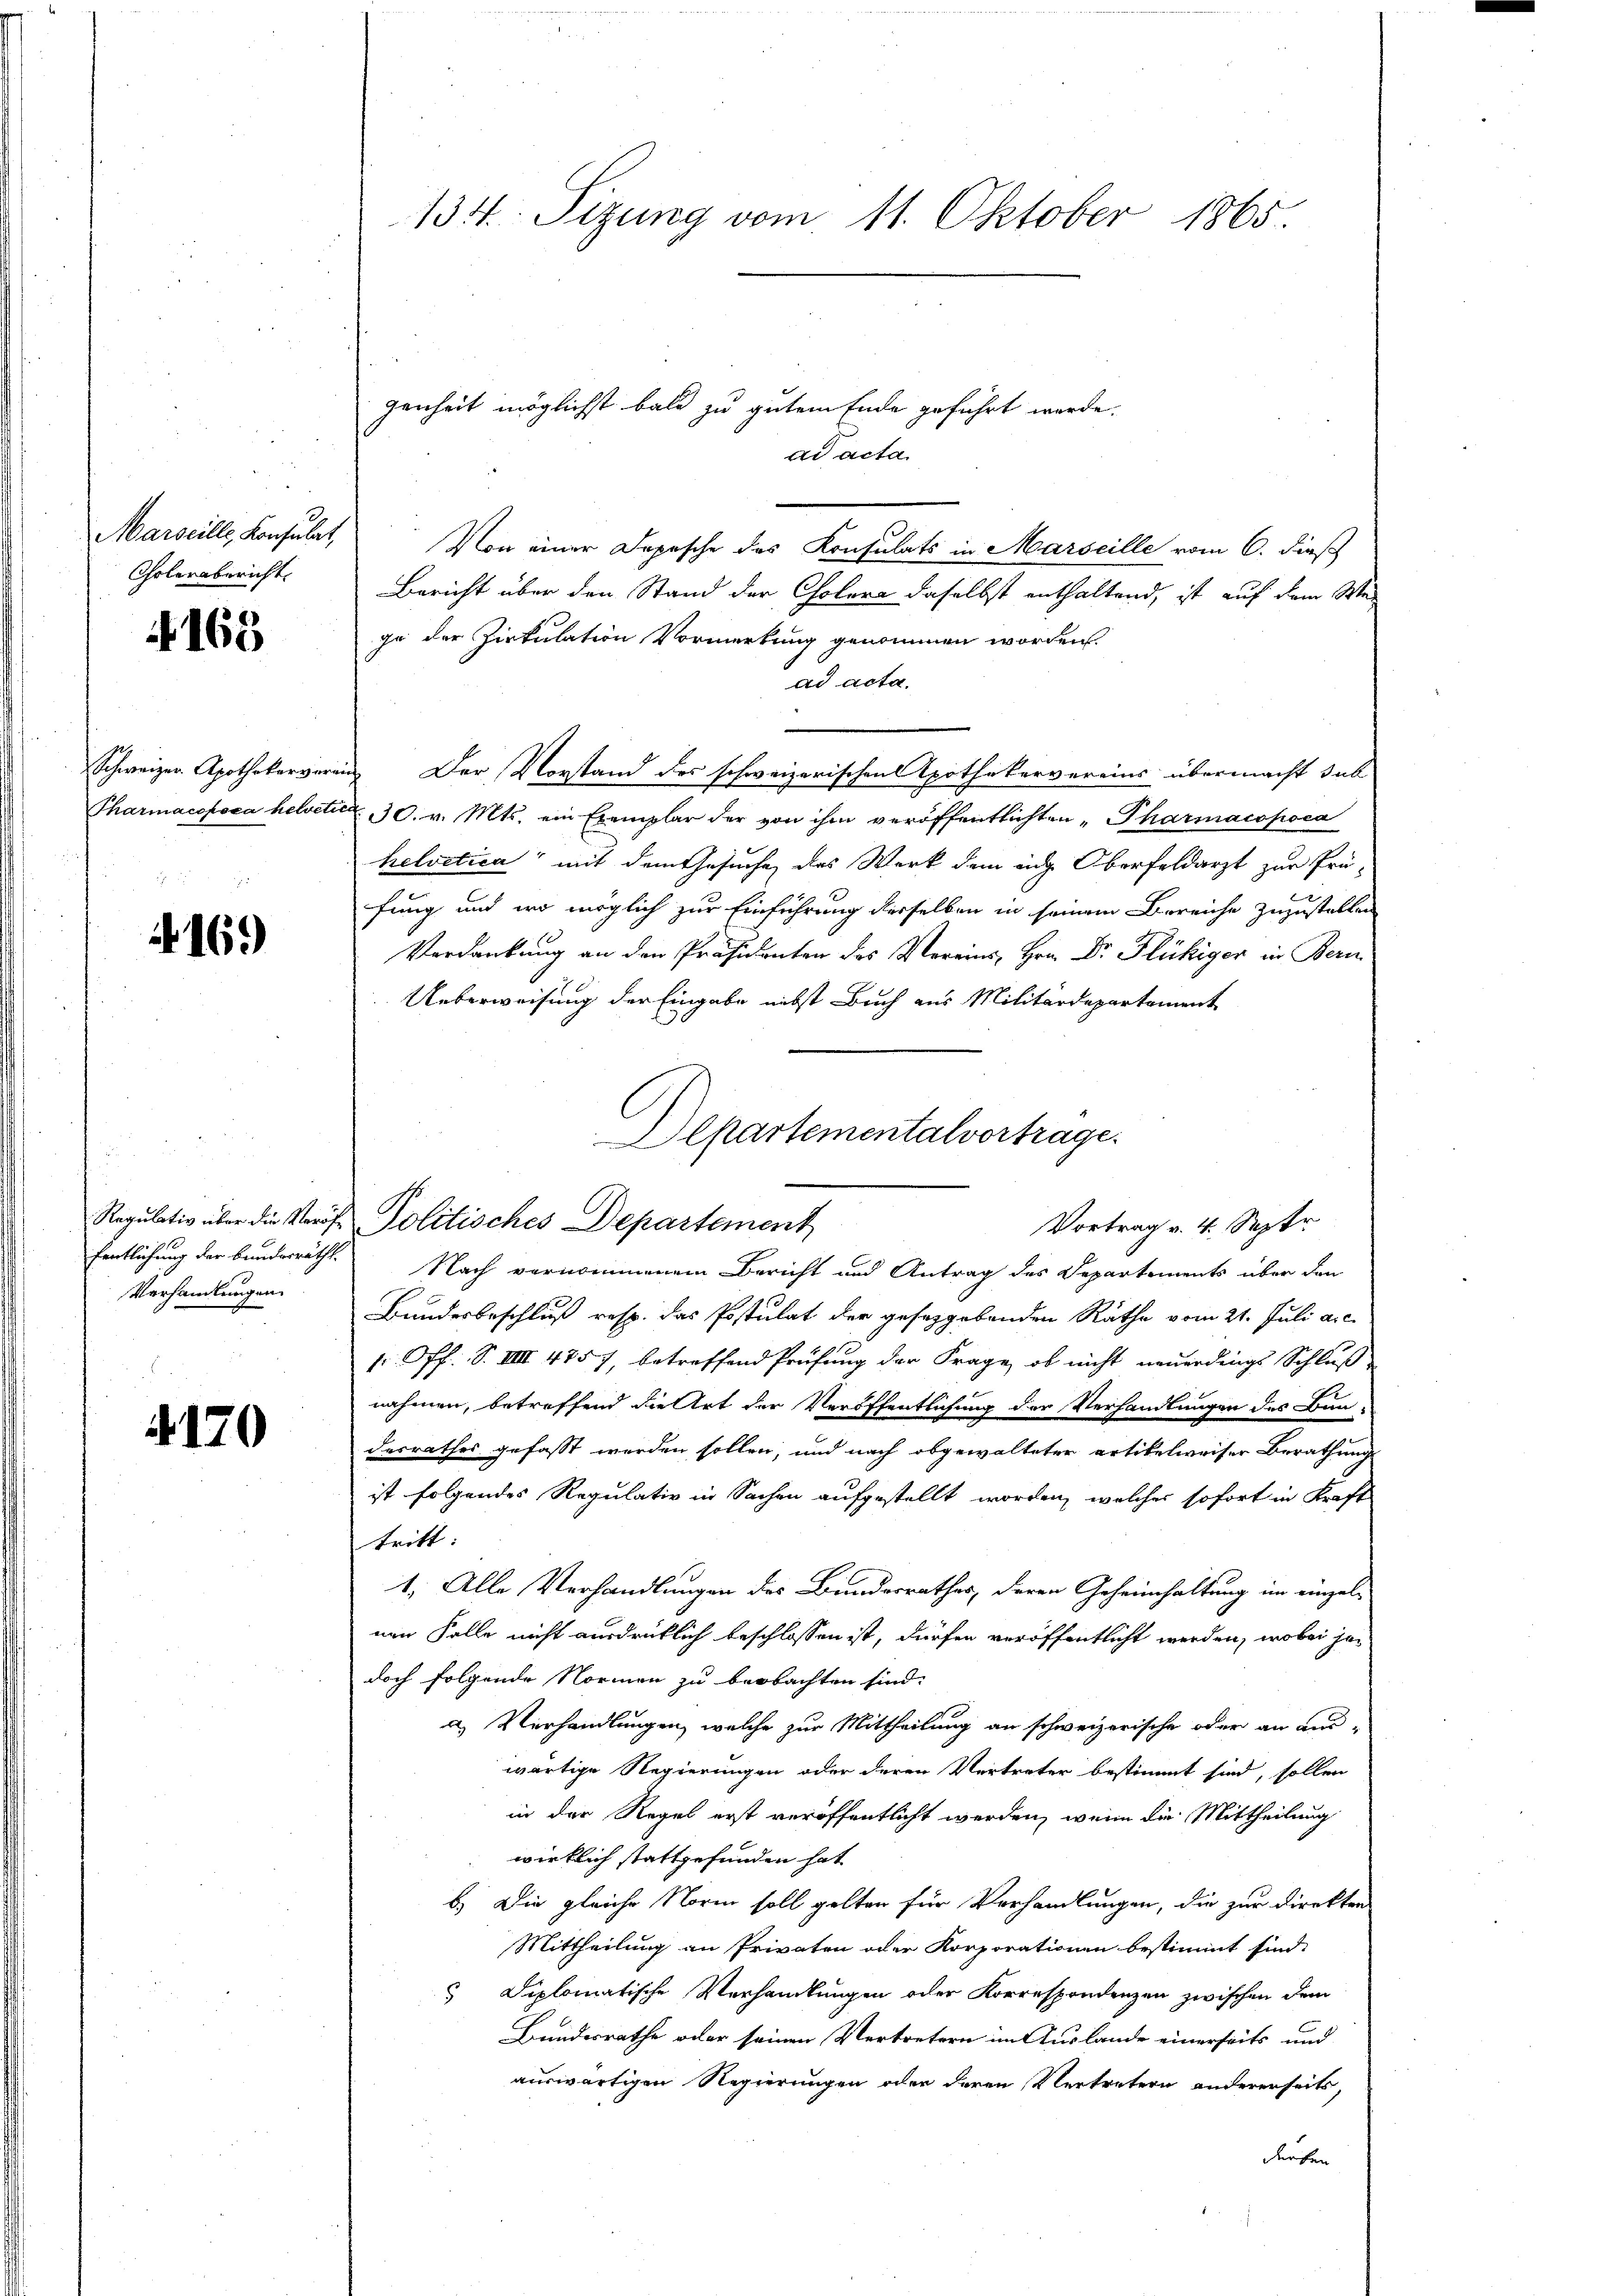
Marseille, Konsulat,
Cholerabericht.

168

Schweizer Apothekarvera
Tharmacopoea helvet

4169

fentlichung der Bunderrätht.
Verhandlungen

4170

134. Sizung vom 11. Oktober 1865

ad acta
Von einer Depesche des Konsulats in Marseille vom 6. dieß
Bericht über den Stand der Cholera daselbst enthaltend, ist auf dem Wege der Zirkulation Vormerkung genommen worden.
ad acta.
 Der Vorstand des schweizerischen Apothekervereins übermacht dab
 30. v. Mts. ein Exemplar der von ihm veröffentlichten „Pharmacopoca
helvetica mit dem Gesuche des Werk dem eidg. Oberfeldarzt zur Prü-
fung und wo möglich zur Einführung derselben in seinem Bereiche zuzustellen
Verdankung an den Präsidenten des Vereins, Hrn. Dr. Flückiger in Bern
Ueberweisung der Eingabe nebst Buch aus Militärdepartement
Regulativ über die Veröf- Politisches Departement
Vortrag v. 4. Septr
Nach vernommenem Bericht und Antrag des Departements über den
Bundesbeschluß resp. das Postulat der gesetzgebenden Räthe vom 21. Juli a.c.
p. Off. S. VIII 4757, betreffend Prüfung der Frage, ob nicht neuerdings Schluß
nahmen, betreffend die Art der Veröffentlichung der Verhandlungen des Bau-
desrathes gefasst werden sollen, und nach obgewalteter artikelweiser Berathung
 ist folgendes Regulativ in Sachen aufgestellt worden, welches sofort in Kraft
tritt:
1. Alle Verhandlungen des Bundesrathes, deren Geheimhaltung im einzelnen Falle nicht ausdrücklich beschlossen ist, dürfen veröffentlicht werden, wobei jedoch folgende Normen zu beobachten sind.
a) Verhandlungen, welche zur Mittheilung an schweizerische oder an aus-
wärtige Regierungen oder deren Vertreter bestimmt sind, sollen
in der Regel erst veröffentlicht werden, wenn die Mittheilung
wirklich stattgefunden hat.
b.) Die gleiche Norm soll gelten für Verhandlungen, die zur Direkten
Mittheilung an Privaten oder Korporationen bestimmt sind.
 Diplomatische Verhandlungen oder Korrespondenzen zwischen dem
Bundesrathe oder seinen Vertretern im Auslande einerseits und
auswärtigen Regierungen oder deren Vertretern andererseits,
derken

genheit möglichst bald zu gutem Ende geführt werde.

Departementalvortrage.